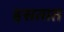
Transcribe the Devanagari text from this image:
हसतात